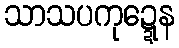
သာသပကုဍ္ဍေန